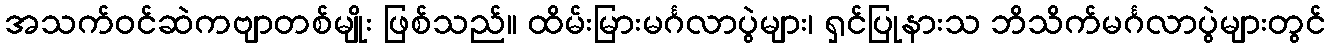
အသက်ဝင်ဆဲကဗျာတစ်မျိုး ဖြစ်သည်။ ထိမ်းမြားမင်္ဂလာပွဲများ၊ ရှင်ပြုနားသ ဘိသိက်မင်္ဂလာပွဲများတွင်